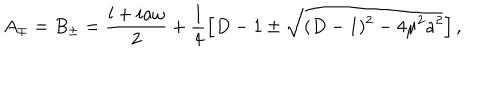
LaTeX: A _ { \mp } = B _ { \pm } = \frac { l + i a \omega } { 2 } + \frac { 1 } { 4 } \left[ D - 1 \pm \sqrt { ( D - 1 ) ^ { 2 } - 4 \mu ^ { 2 } a ^ { 2 } } \right] ,